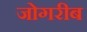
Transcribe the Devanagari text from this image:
जोगरीब